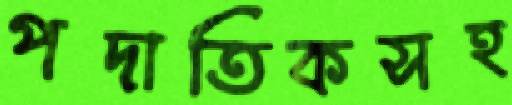
পদাতিকসহ